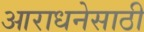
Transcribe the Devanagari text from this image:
आराधनेसाठी